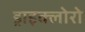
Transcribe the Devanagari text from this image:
ड्राइक्लोरो